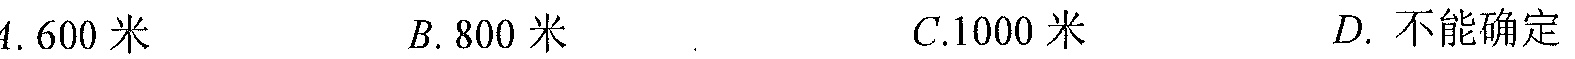
4. 600米\ \ \ \ \ B. 800米\ \ \ \ \ C.1000米\ \ \ \ \ D. 不能确定